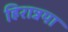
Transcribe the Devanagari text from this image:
हिरान्नया